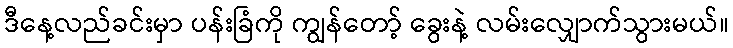
ဒီနေ့လည်ခင်းမှာ ပန်းခြံကို ကျွန်တော့် ခွေးနဲ့ လမ်းလျှောက်သွားမယ်။